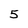
Character: 5